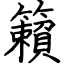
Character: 籟